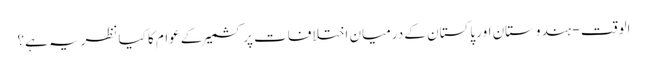
الوقت - ہندوستان اور پاکستان کے درمیان اختلافات پر کشمیر کے عوام کا کیا نظریہ ہے؟